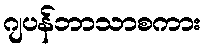
ဂျပန်ဘာသာစကား